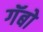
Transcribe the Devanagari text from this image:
गॅबो